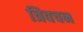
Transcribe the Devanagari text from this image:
त्रिवचन